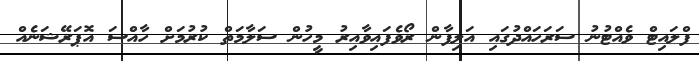
ފްލައިޓް ވެއްޓުނު ސަރަހައްދުގައި އަލިފާން ރޯވެފައިވާއިރު މީހުން ސަލާމަތް ކުރުމަށް ހާއްސަ އޮޕަރޭޝަނެއް